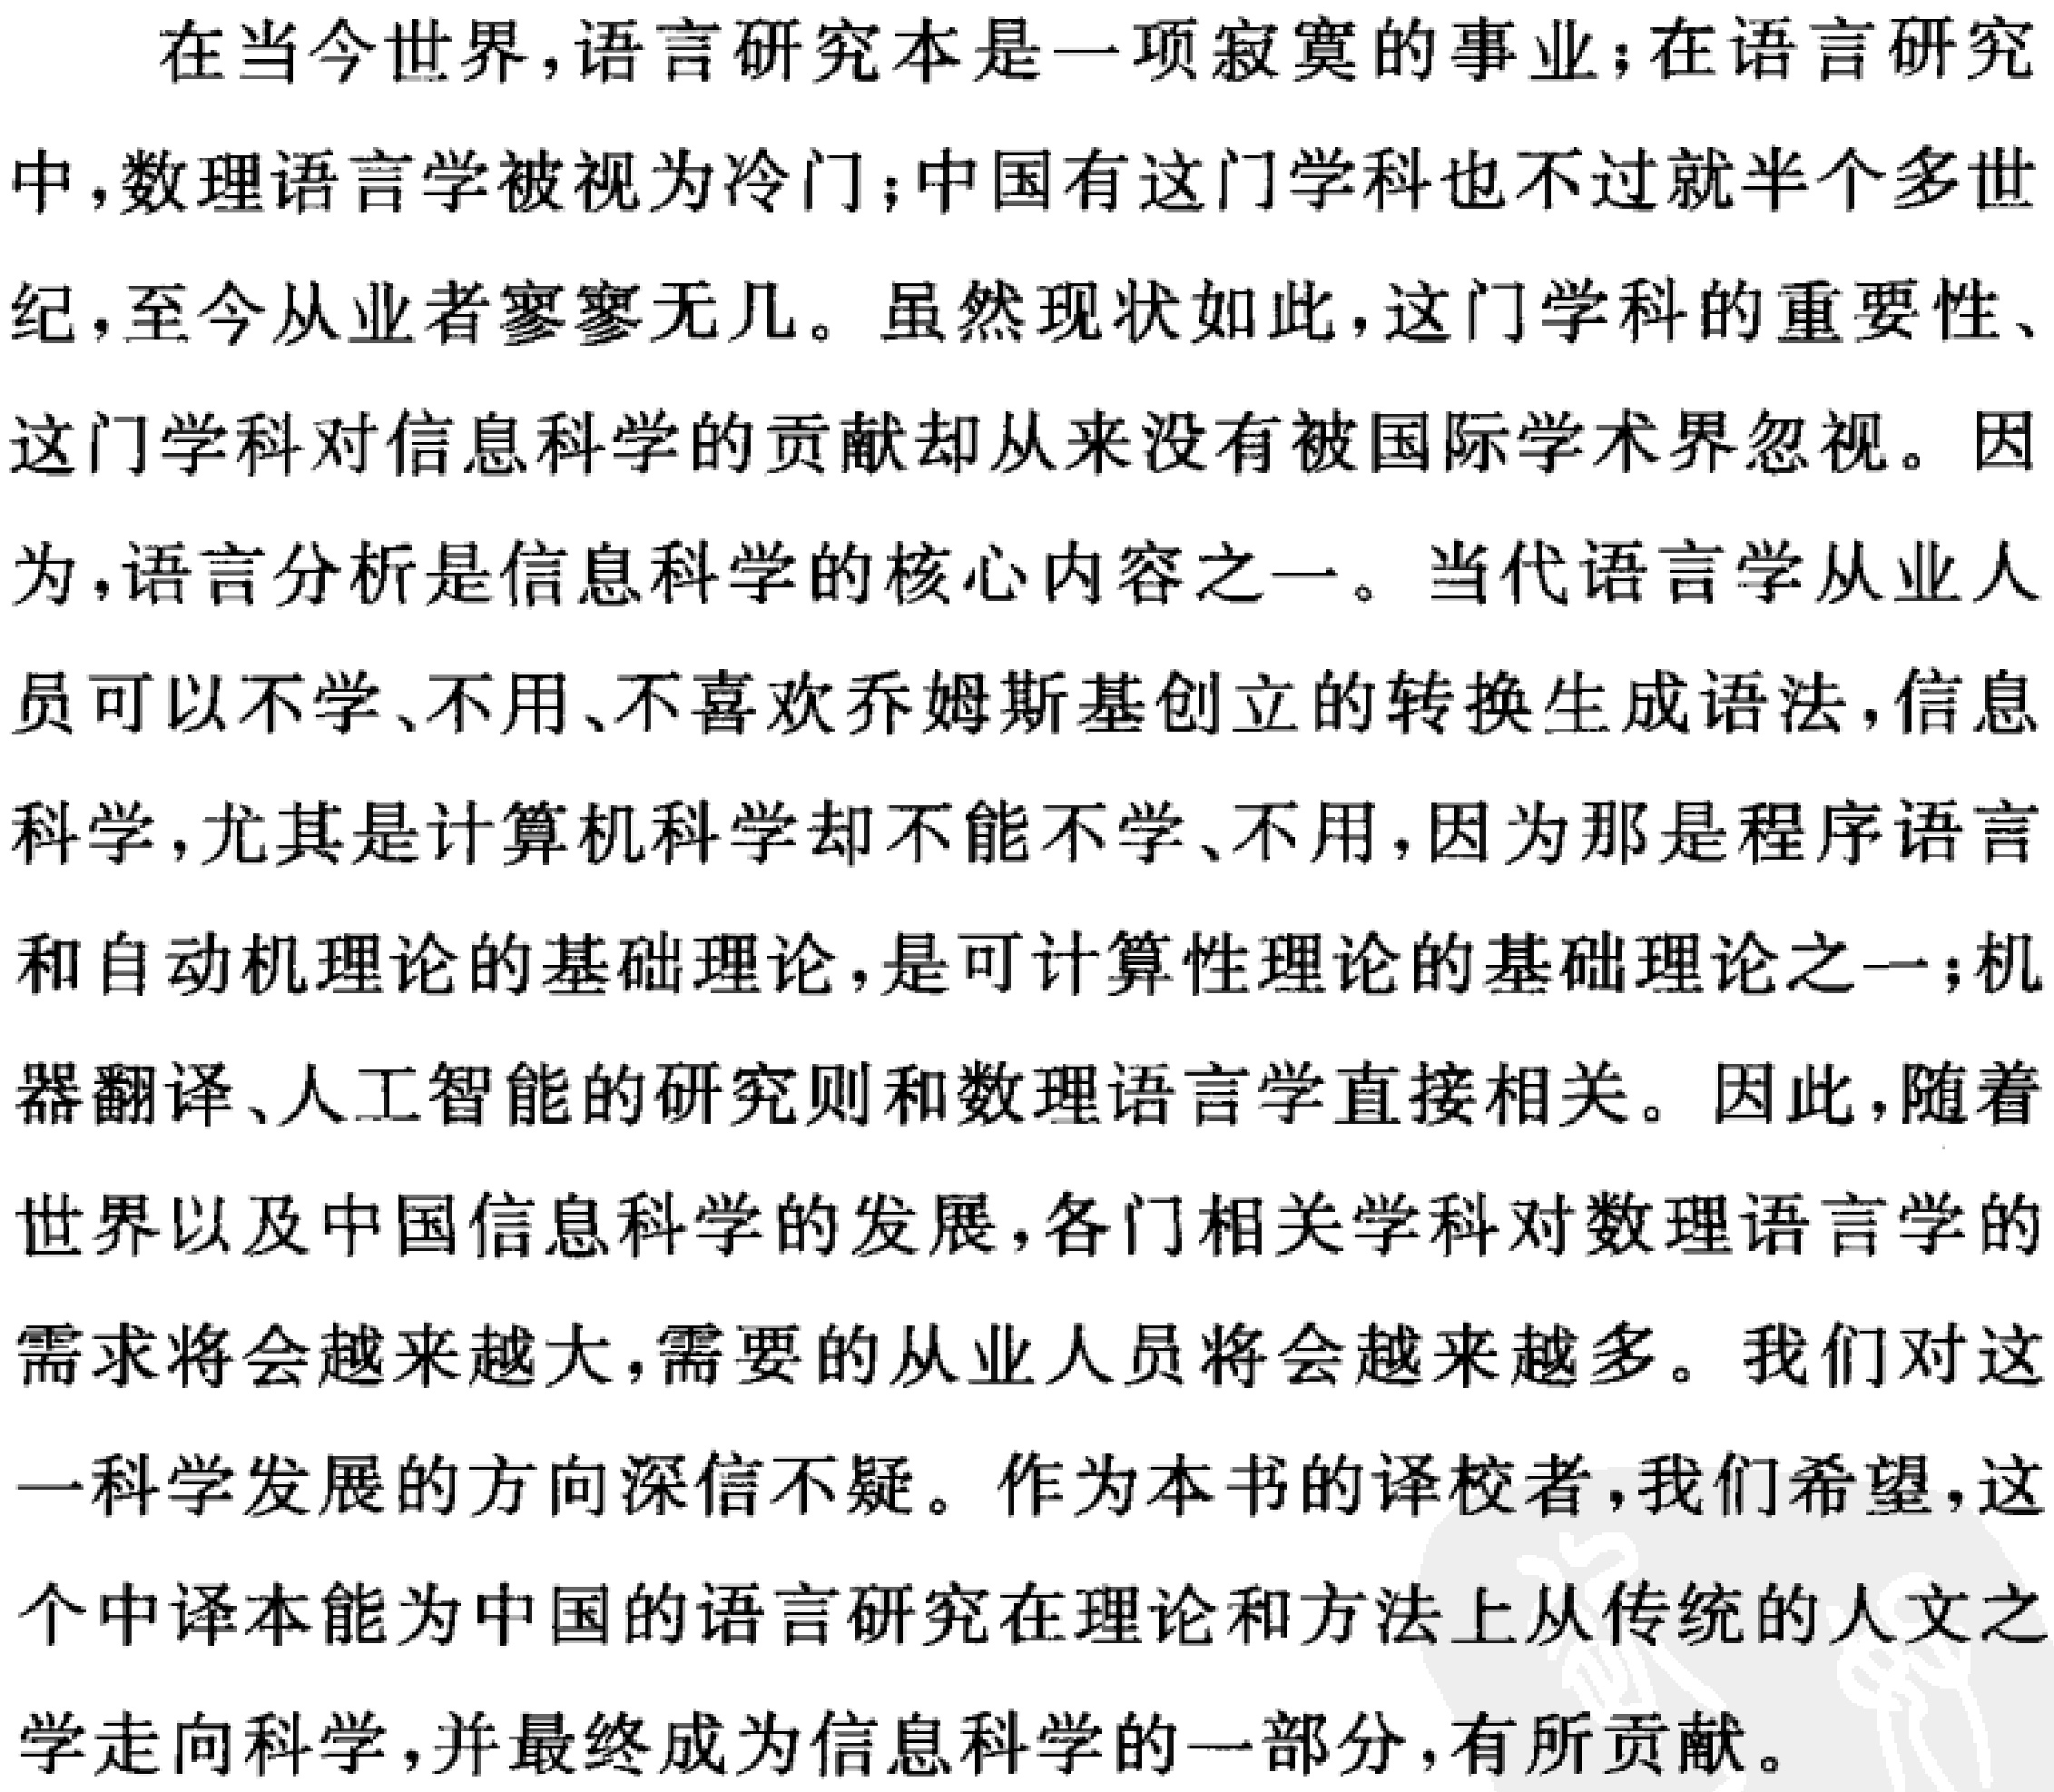
在当今世界，语言研究本是一项寂寞的事业；在语言研究中，数理语言学被视为冷门；中国有这门学科也不过就半个多世纪，至今从业者寥寥无几。虽然现状如此，这门学科的重要性、这门学科对信息科学的贡献却从来没有被国际学术界忽视。因为，语言分析是信息科学的核心内容之一。当代语言学从业人员可以不学、不用、不喜欢乔姆斯基创立的转换生成语法，信息科学，尤其是计算机科学却不能不学、不用，因为那是程序语言和自动机理论的基础理论，是可计算性理论的基础理论之一；机器翻译、人工智能的研究则和数理语言学直接相关。因此，随着世界以及中国信息科学的发展，各门相关学科对数理语言学的需求将会越来越大，需要的从业人员将会越来越多。我们对这一科学发展的方向深信不疑。作为本书的译校者，我们希望，这个中译本能为中国的语言研究在理论和方法上从传统的人文之学走向科学，并最终成为信息科学的一部分，有所贡献。